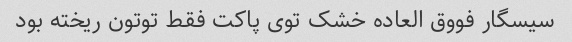
سیسگار فووق العاده خشک توی پاکت فقط توتون ریخته بود